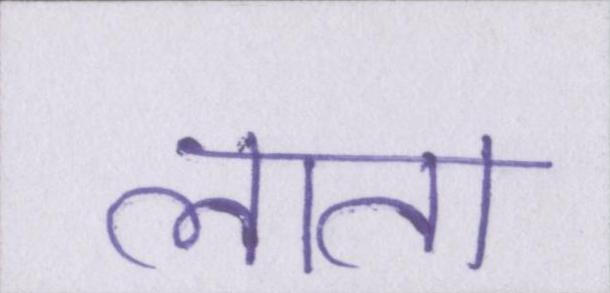
लाता